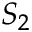
S _ { 2 }